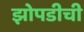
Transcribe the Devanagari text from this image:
झोपडीची